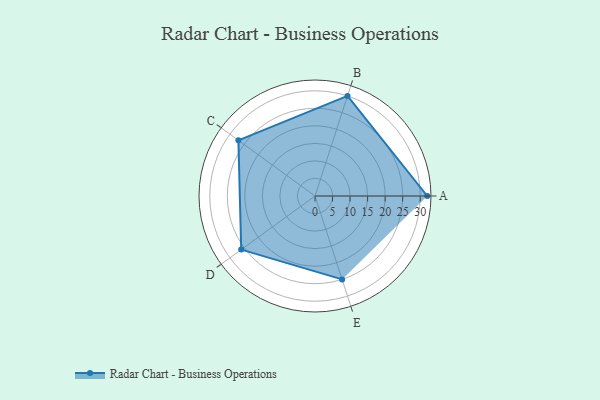
{"axis": {"x": "Skill", "y": "Score"}, "legend": ["Profile"], "data": [{"x": "A", "y": 32.0, "type": "Profile"}, {"x": "B", "y": 30.0, "type": "Profile"}, {"x": "C", "y": 27.0, "type": "Profile"}, {"x": "D", "y": 26.0, "type": "Profile"}, {"x": "E", "y": 25.0, "type": "Profile"}]}